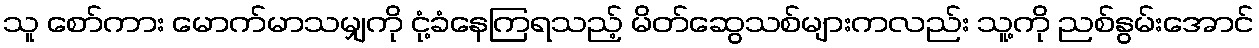
သူ စော်ကား မောက်မာသမျှကို ငုံ့ခံနေကြရသည့် မိတ်ဆွေသစ်များကလည်း သူ့ကို ညစ်နွမ်းအောင်